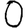
Digit: 0